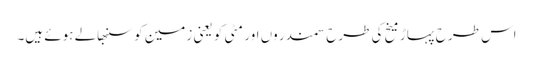
اس طرح پہاڑ میخ کی طرح سمندر وں اور مٹی کو یعنی زمین کو سنبھالے ہوئے ہیں۔